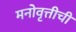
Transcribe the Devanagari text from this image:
मनोवृत्तीची